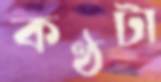
কণ্ঠটা